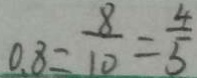
0 . 8 = \frac { 8 } { 1 0 } = \frac { 4 } { 5 }